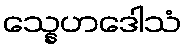
သ္နေဟဒေါသံ